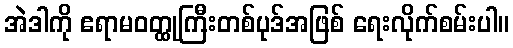
အဲဒါကို ဧရာမဝတ္ထုကြီးတစ်ပုဒ်အဖြစ် ရေးလိုက်စမ်းပါ။